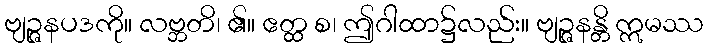
ဗျဉ္ဇနပဒကို။ လဗ္ဘတိ၊ ၏။ ဧတ္ထ စ၊ ဤဂါထာ၌လည်း။ ဗျဉ္ဇနန္တိ ဣမဿ